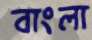
বাংলা